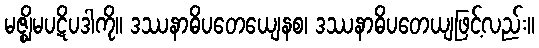
မဇ္ဈိမပဋိပဒါကို။ ဒဿနာဓိပတေယျေနစ၊ ဒဿနာဓိပတေယျဖြင့်လည်း။